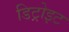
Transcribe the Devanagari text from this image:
डिट्रोइट